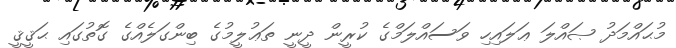
މުޙައްމަދު ޞައްލަ ޢަލައިހި ވަސައްލަމްގެ ކުރީން ދީނީ ތަޢުލީމުގެ ބިންގަލެއްގެ ގޮތުގައި ޙަޤީޤީ